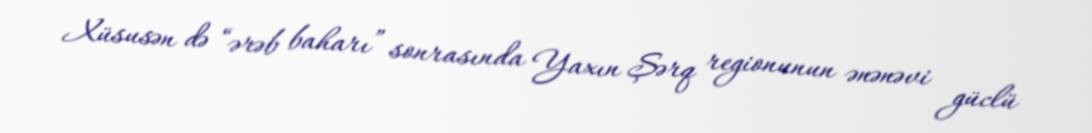
Xüsusən də “ərəb baharı” sonrasında Yaxın Şərq regionunun ənənəvi güclü